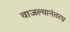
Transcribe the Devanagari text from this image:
वाजल्यानंतरच